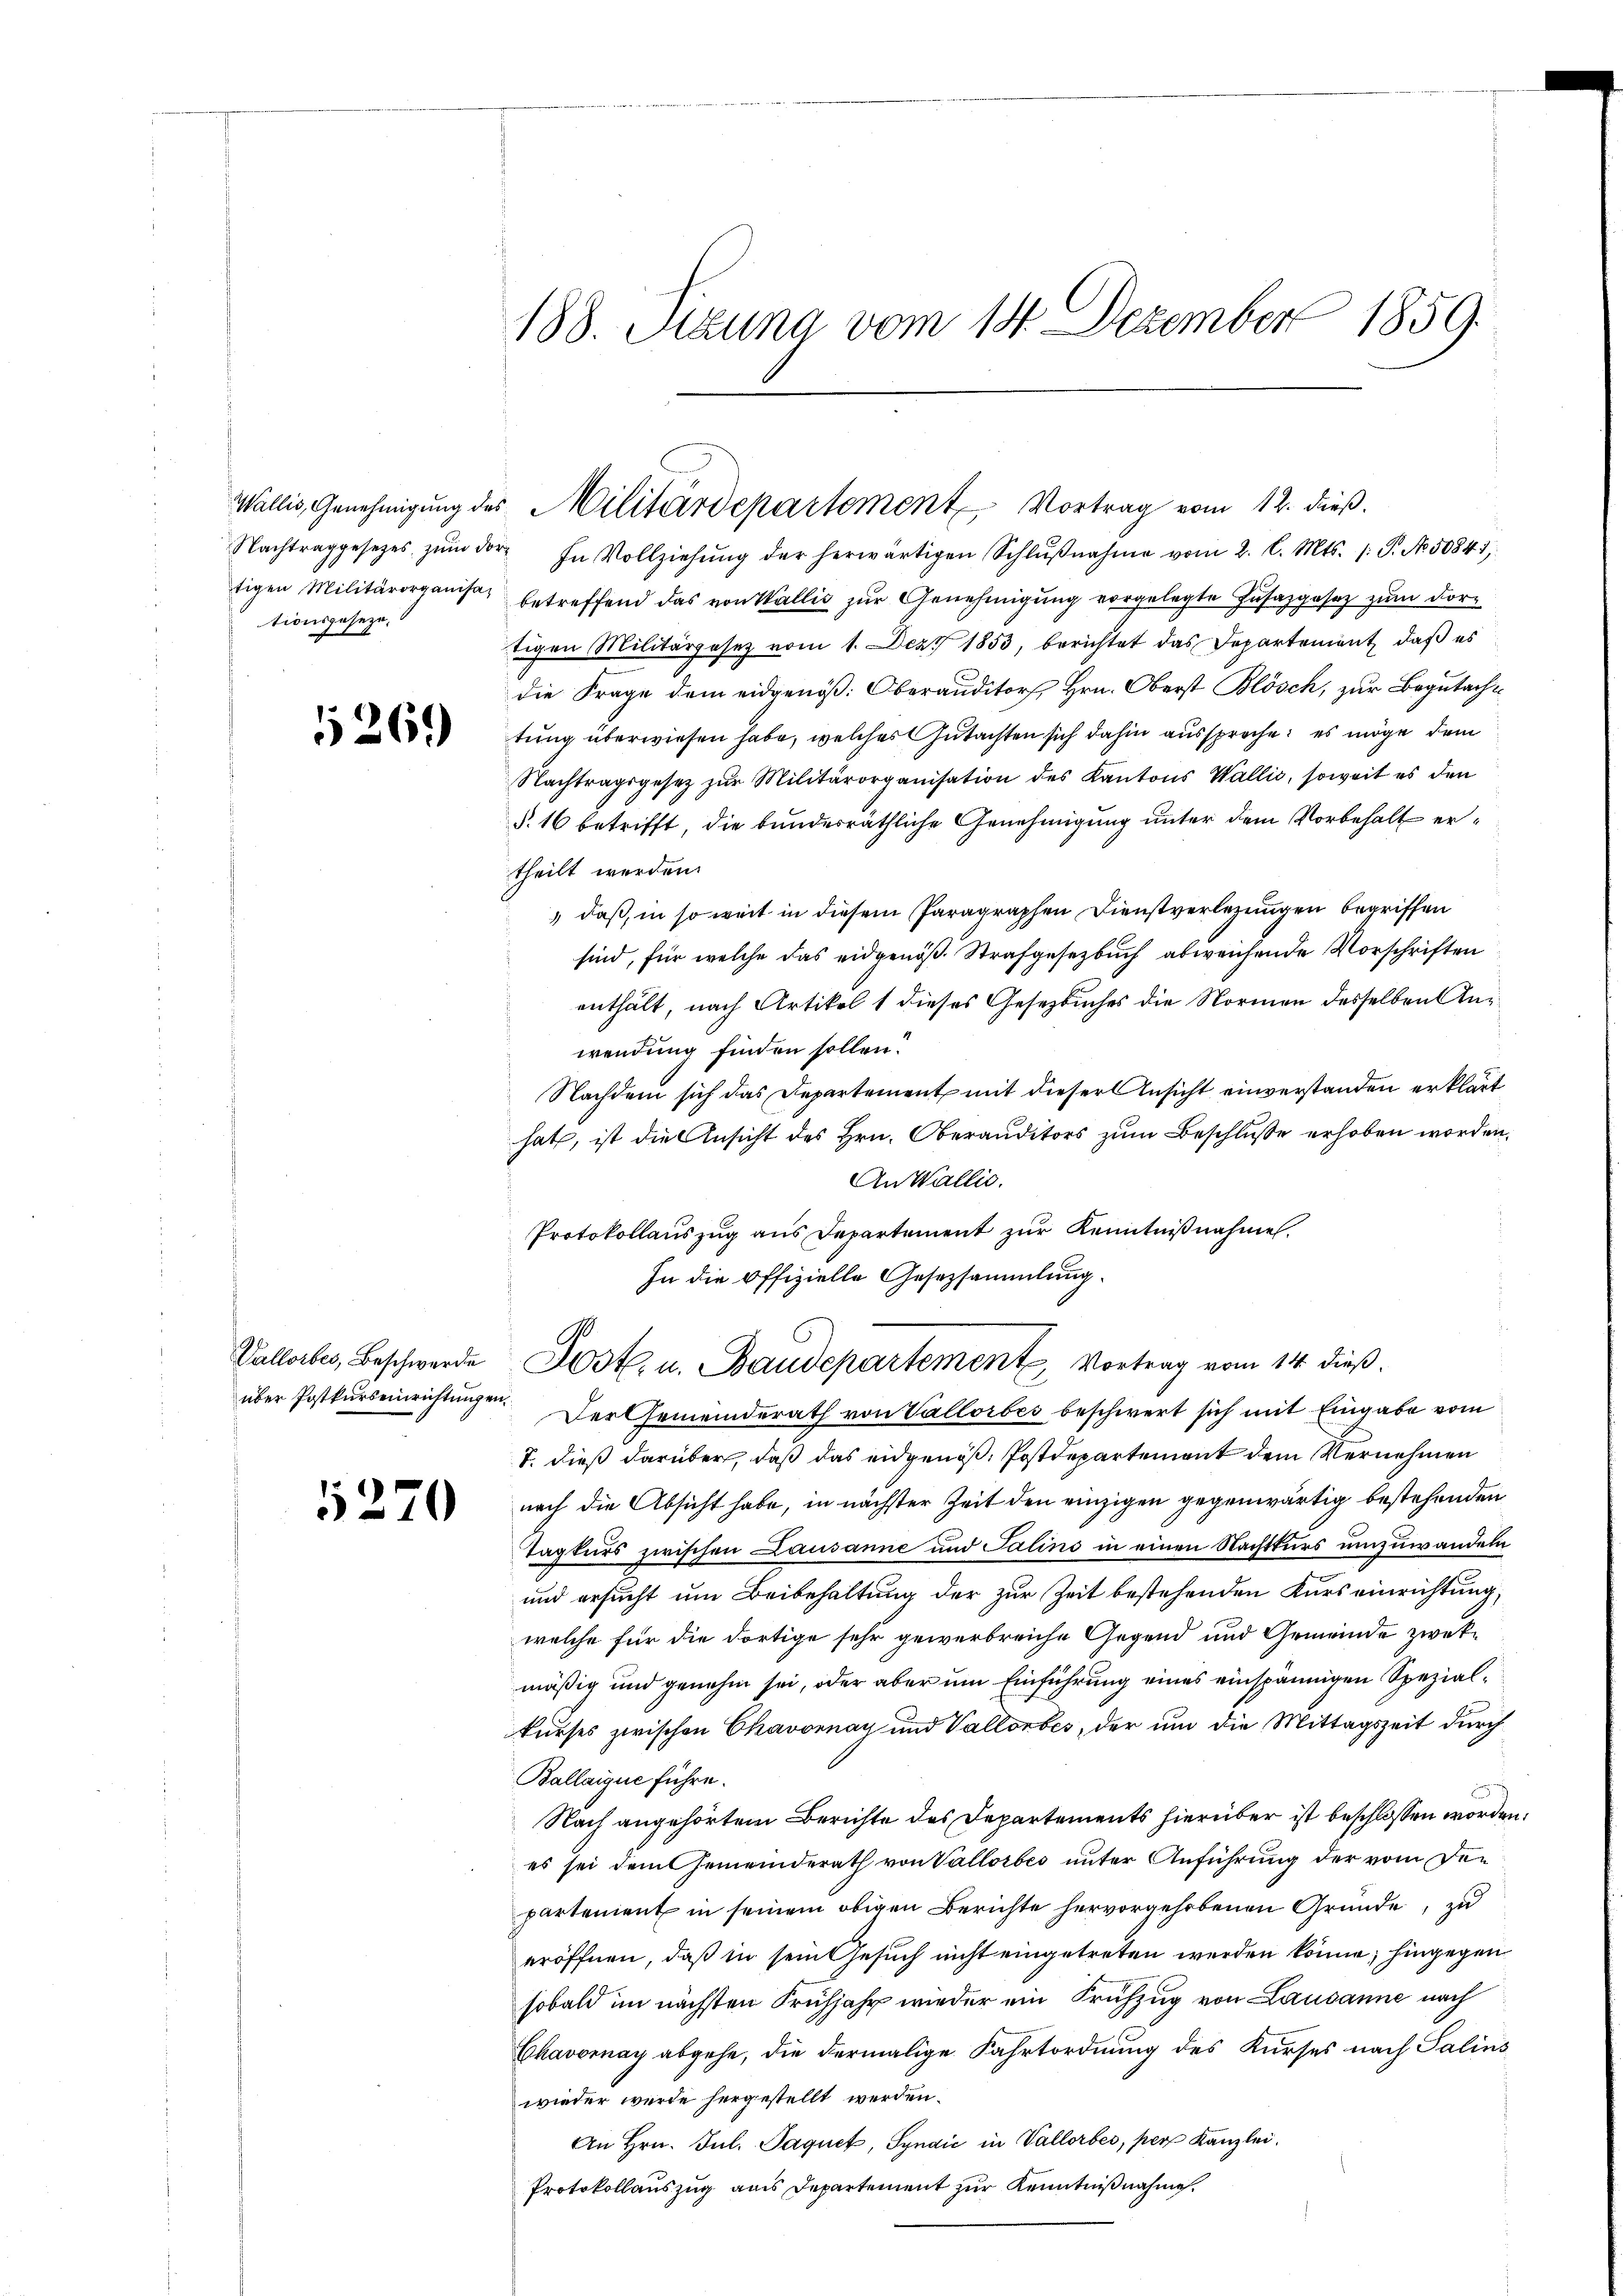
tigen Militärorganisa-
tionsgeseze,

5269

Vallorbes, Beschwerde
über Postkurseinrichtungen.

5270

188. Manna vom 14. Dezember 1859.

Nachtraggesetzes zŭm der In Vollziehŭng der herwärtigen Schlŭβnahme vom 2. l. Mts. (: P. No. 50841
betreffend das von Wallis zur Genehmigung vorgelegte Zusazgesez zum dorttigen Militärgesetz vom 1. Dez. 1853, berichtet das Departement, daß es
die Frage dem eidgenöß: Oberauditors Hrn. Oberst Blösch, zur Begutacht
tung überwiesen habe, welches Gutachten sich dahin ausspreche; es möge dem
Nachtragsgesetz zŭr Militärorganisation des Kantons Wallis, soweit es den
§. 16 betrifft, die bundesräthliche Genehmigung unter dem Vorbehalt ertheilt werden.
 daß, in so weit in diesem Paragraphen Dienstverlegungen begriffen
sind, für welche das eidgenöß Strafgesetzbuch abweichende Vorschriften
enthält, nach Artikel 1 dieses Gesetzbuches die Normen desselben Anwendung finden sollen?
Nachdem sich das Departement mit dieser Ansicht einverstanden erklärt
hat, ist die Ansicht des Hrn. Oberauditors zum Beschlusse erhoben worden.
An Wallis.
Protokollauszug aus Departement zur Kenntnißnahmen.
In die Offizielle Gesetzsammlung.
Der Gemeinderath von Vallorbes beschwert sich mit Eingabe vom
T. dieß darüber, daß das eidgenoß, Postdepartement dem Vernehmen
nach die Absicht habe, in nächster Zeit den einzigen gegenwärtig bestehenden
Tagturs zwischen Lausanne und Salins in einen Nachtkurs umzuwandeln
und ersucht um Beibehaltung der zur Zeit bestehenden Kurs einrichtung,
welche für die dortige sehr gewerbreiche Gegend und Gemeinde zwekmäßig und genehm sei, oder aber um Einführung eines einspännigen Spezialkurses zwischen Chavornay und Vallorbes, der um die Mittagszeit durch
Ballaigue führe.
Nach angehörtem Berichte des Departements hierüber ist beschlossen worden
es sei dem Gemeinderath von Vallorbes unter Anführung der vom Den
partement in seinem obigen Berichte hervorgehobenen Gründe, zu
eröffnen, daß in sein Gesuch nicht eingetreten werden könne; hingegen
sobald im nächsten Frühjahr wieder ein Frühzug von Lausanne nach
Chavornay abgehe, die dermalige Fahrtordnung des Kurses nach Salins
wieder wurde hergestellt werden.
An Hrn. Jul. Paquet, Syndić in Vallorbes, pers Kanzlei.
Protokollauszug aus Departement zur Kenntnißnahme.
.

Wallis, Genehmigŭng des Militärdepartement Vortrag vom 12. dieβ.

Post. u. Baudepartement Vortrag vom 14. dieß.